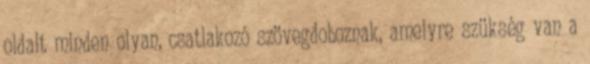
oldalt minden olyan, csatlakozó szövegdoboznak, amelyre szükség van a